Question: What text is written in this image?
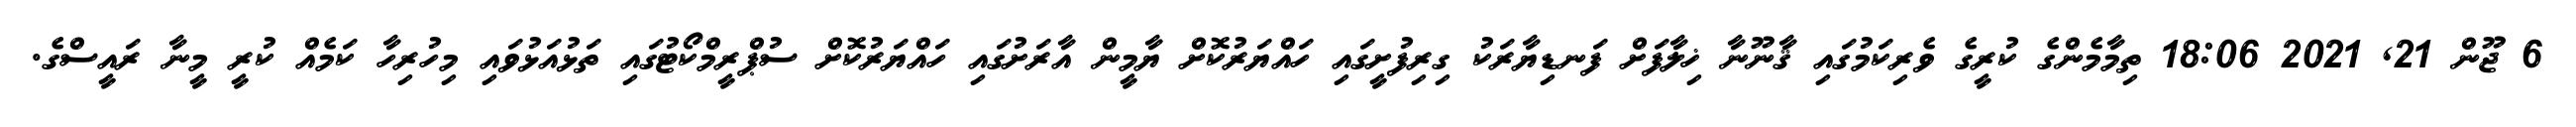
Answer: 6 ޖޫން 21, 2021 18:06 ތިމާމެންގެ ކުރީގެ ވެރިކަމުގައި ޤާނޫނާ ޚިލާފަށް ފަނޑިޔާރަކު ގިރިފުށީގައި ހައްޔަރުކޮށް ޔާމީން އާރަށުގައި ހައްޔަރުކޮށް ސުޕްރީމްކޯޓުގައި ތަޅުއަޅުވައި މިހުރިހާ ކަމެއް ކުރީ މީނާ ރައީސްގެ.